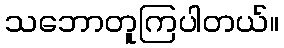
သဘောတူကြပါတယ်။